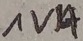
Text: 1VA